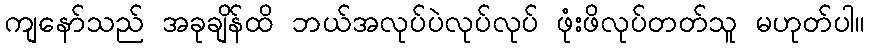
ကျနော်သည် အခုချိန်ထိ ဘယ်အလုပ်ပဲလုပ်လုပ် ဖုံးဖိလုပ်တတ်သူ မဟုတ်ပါ။